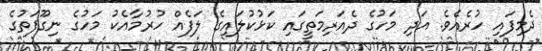
ދެމިފައި ހުރެއެވެ. އަދި މަހުގެ ދެއަރިމަތީގައި ކަޅުކުލައިގެ ލަފެއް ހުރުމާއެކު މަހުގެ ނިގޫފަތުގެ